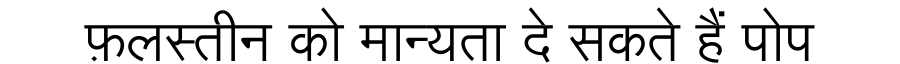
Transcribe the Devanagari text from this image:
फ़लस्तीन को मान्यता दे सकते हैं पोप